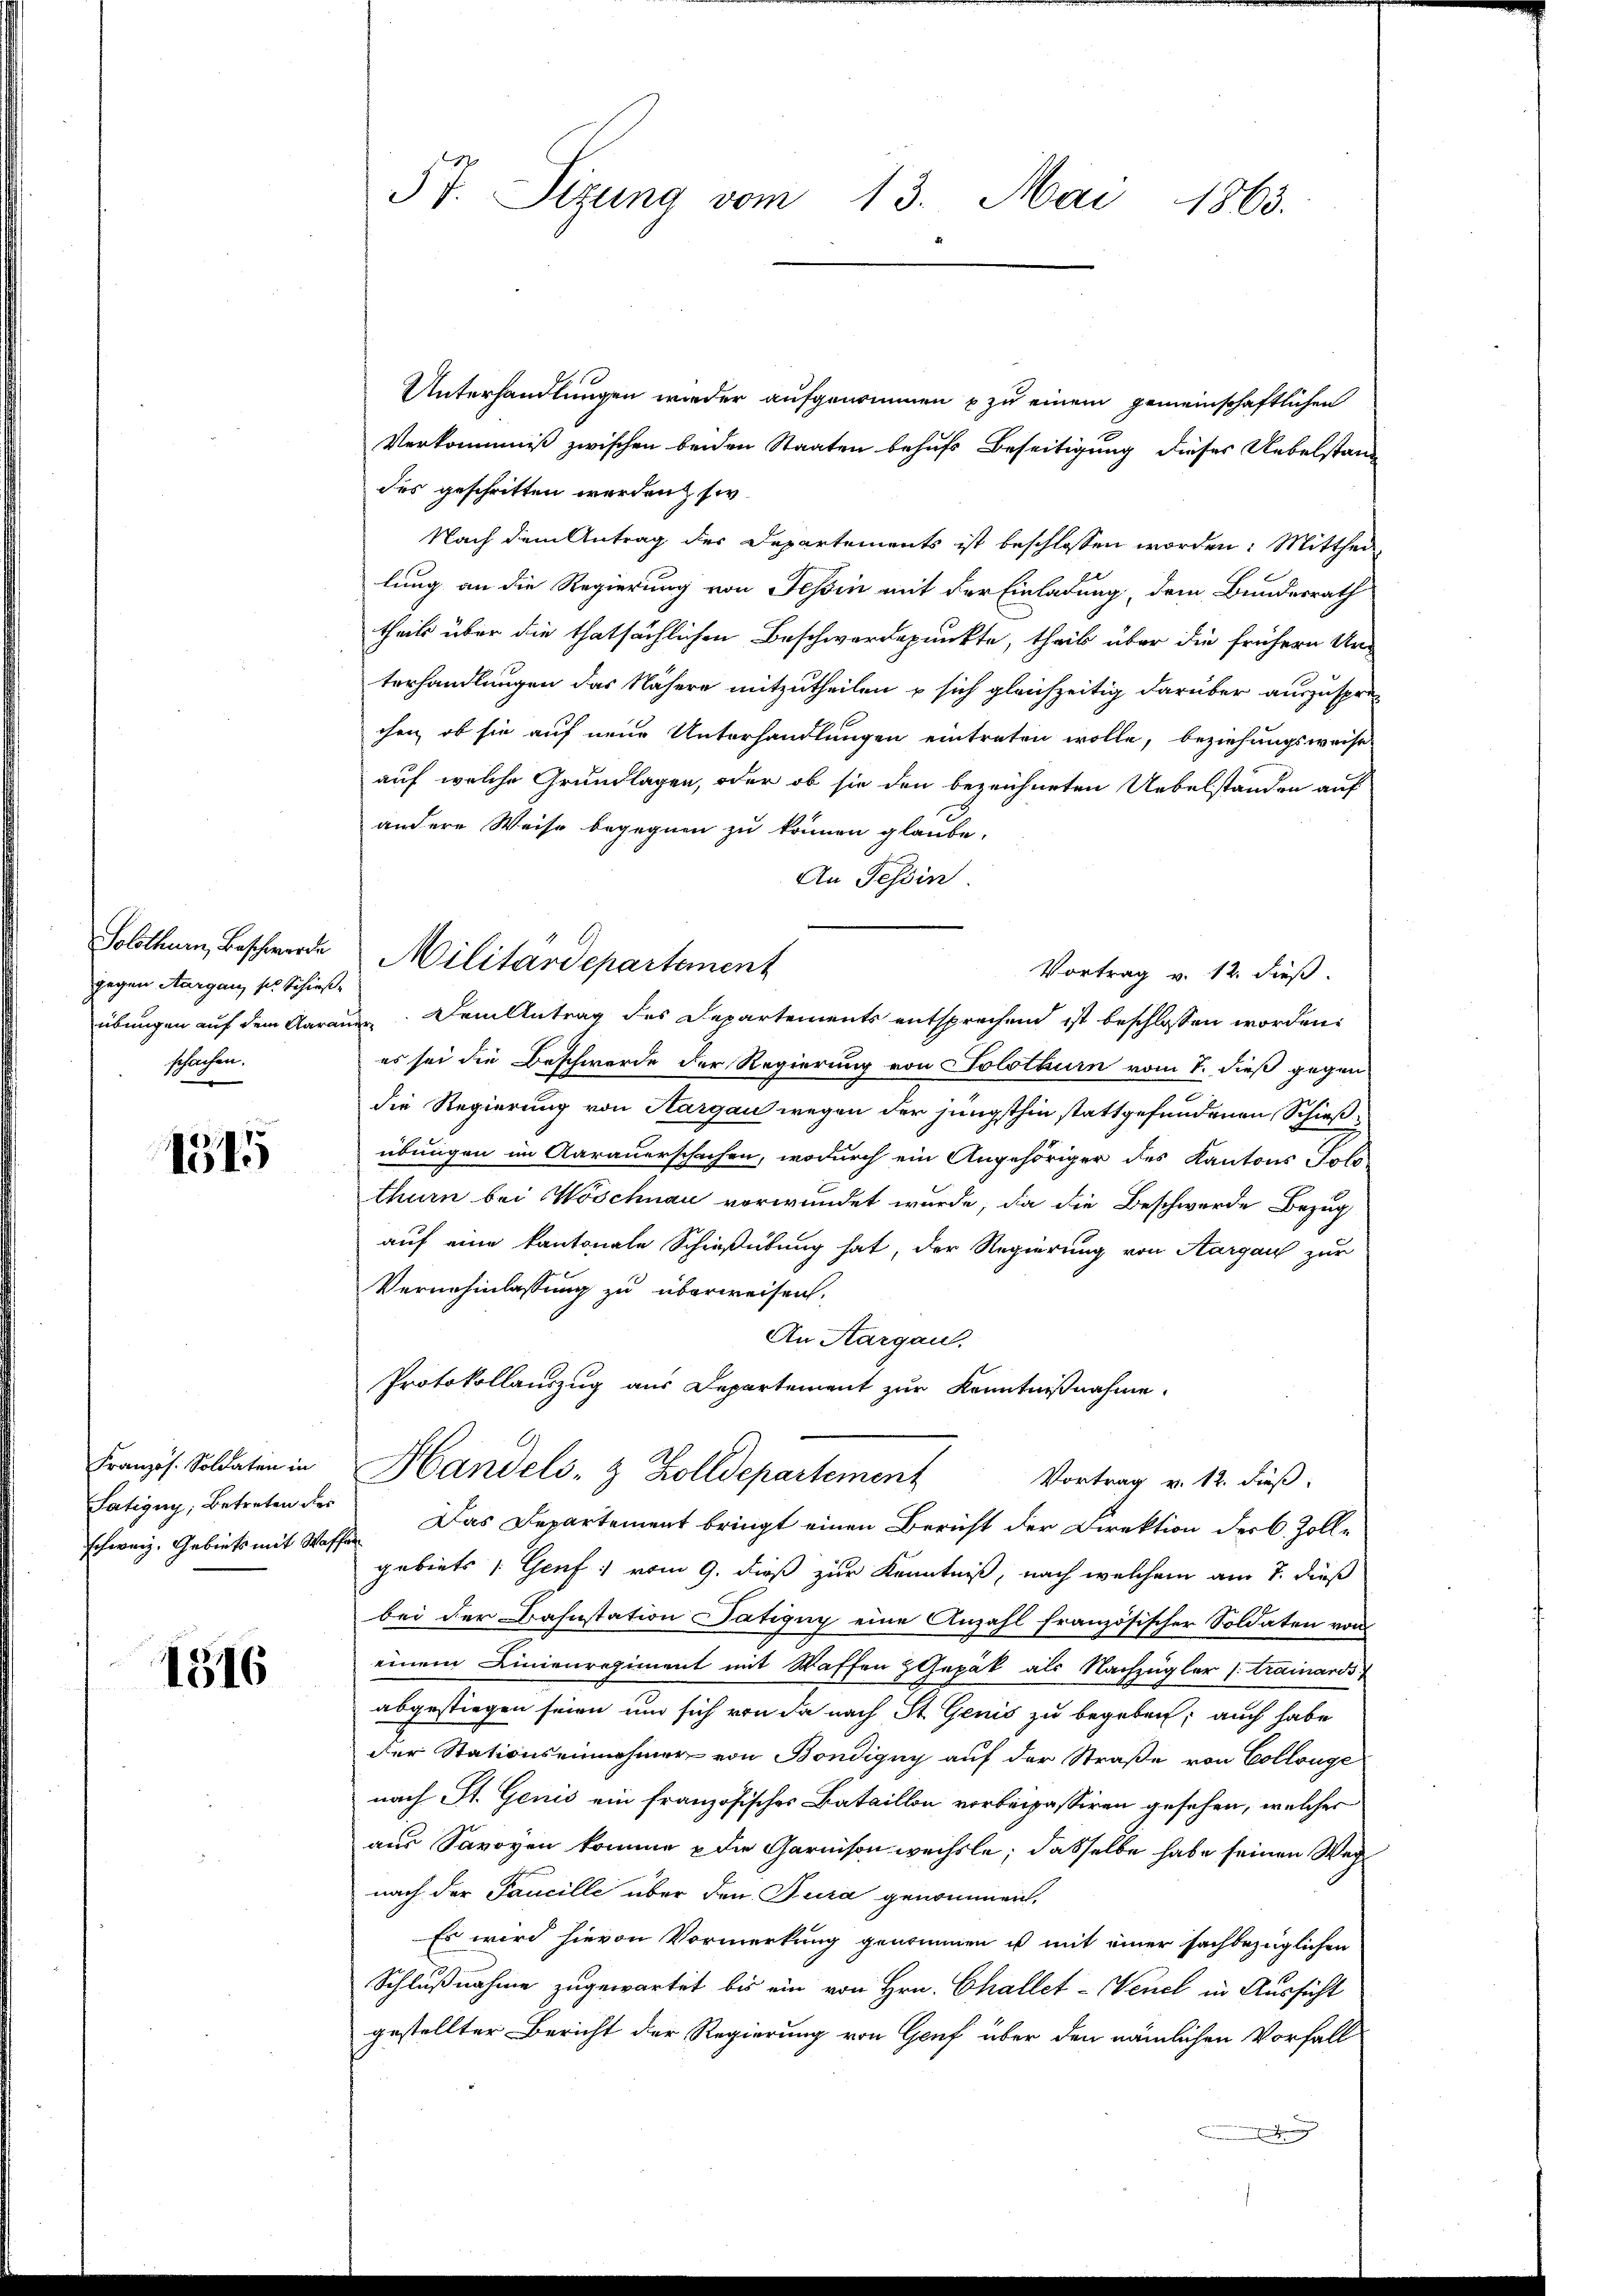
Solothurn, Beschwerde
gegen Aargau, sie schießschachen.

1515

Französ. Soldaten in
fatigny, betreten der
schweiz. Gebiets mit Was

1316

57. Sizung vom
13. Mai 1863.

Unterhandlungen wieder aufgenommen zu einem gemeinschaftlichen
Verkommniß zwischen beiden Staaten behufs Beseitigung dieses Uebelstand
des geschritten werden, si
Nach dem Antrag des Departements ist beschlossen worden: Mitthei
lung an die Regierung von Teßin mit der Einladung, dem Bundesrath
theils über die thatsächlichen Beschwerdepunkte, theil über die frühern Un-
terhandlungen das Nähere mitzutheilen u sich gleichzeitig darüber auszuspre-
chen, ob sie auf neue Unterhandlungen eintreten wolle, beziehungsweise
auf welche Grundlagen, oder ob sie den bezeichneten Uebelständen auf
andere Weise begegnen zu können glaube.
An Tessin.
Militärdepartement
Vortrag v. 12. dieß.
übungen auf dem Aarauen. Dem Antrag des Departements entsprechend ist beschlossen worden.
es sei die Beschwerde der Regierung von Solothurn vom 8. dieß gegen
die Regierung von Aargau wegen der jüngsthin stattgefundenen Schießübungen im Aarauerschafen, wodurch ein Angehöriger des Kantons Jolothurn bei Wöschnau verwundet wurde, da die Beschwerde Bezug
auf eine kantonale Schießübung hat, der Regierung von Aargau zur
Vernehmlassung zu überweisen.
An Aargau.
Protokollauszug aus Departement zur Kenntnißnahme.
Handels- & Zolldepartement
Vortrag v. 12. Fieß:
 Das Departement bringt einen Bericht der Direktion der B. Zolle
gebiets /: Genf vom 9. dieß zur Kenntniß, nach welchem am 7. dieß
bei der Bahnstation Tätigny eine Anzahl französischer Soldaten von
einem Linienregiment mit Waffen & Gepäk als Nachzügler strainards
abgestiegen seien und sich von da nach St. Genis zu begeben; auch habe
der Stationseinnehmer von Bondigny auf der Straße von Collenge
nach St. Genis ein französisches Bataillon vorbeipassiren gesehen, welcher
aus Savoyen komme & die Garnison wechsle; dasselbe habe seinen Wegnach der Faucille über den Jura genommen,
Es wird hievon Vormerkung genommen ist mit einer sachbezüglichen
Schlußnahme zugewartet bis ein von Hrn. Challet-Wenel in Aussicht
gestellter Bericht der Regierung von Gruf über den nämlichen Vorfall